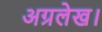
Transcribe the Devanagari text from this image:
अग्रलेख।